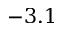
- 3 . 1